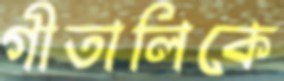
গীতালিকে